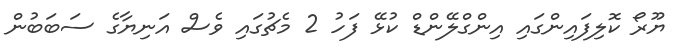
ޔޫރޯ ކޮލިފައިންގައި އިންގްލޭންޑް ކުޅޭ ފަހު 2 މެޗުގައި ވެސް އަނިޔާގެ ސަބަބުން